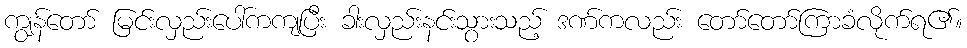
ကျွန်တော် မြင်းလှည်းပေါ်ကကျပြီး ခါးလှည်းနင်းသွားသည့် ဒဏ်ကလည်း တော်တော်ကြာခံလိုက်ရ၏။